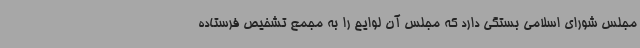
مجلس شورای اسلامی بستگی دارد که مجلس آن لوایح را به مجمع تشخیص فرستاده